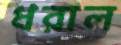
ধরাল